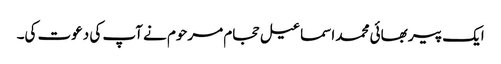
ایک پیر بھائی محمد اسماعیل حجام مرحوم نے آپ کی دعوت کی۔